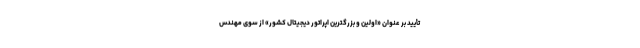
تأیید بر عنوان «اولین و بزرگترین اپراتور دیجیتال کشور» از سوی مهندس